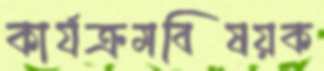
কার্যক্রমবিষয়ক